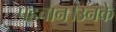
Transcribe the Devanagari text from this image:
पहचान।उनके